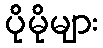
ပိုမိုများ